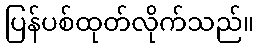
ပြန်ပစ်ထုတ်လိုက်သည်။